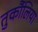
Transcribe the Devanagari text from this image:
तुर्कौलिया